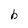
Character: b